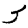
Digit: 3